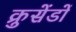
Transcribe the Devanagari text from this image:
क्रुसेंडों